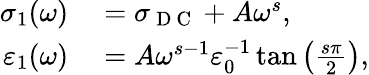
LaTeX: \begin{array}{rl}{\sigma_{1}(\omega)}&{{}=\sigma_{\mathrm{~D~C~}}+A\omega^{s},}\\ {\varepsilon_{1}(\omega)}&{{}=A\omega^{s-1}\varepsilon_{0}^{-1}\tan{\left(\frac{s\pi}{2}\right)},}\end{array}